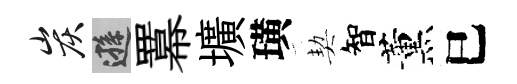
炭遜羃壙璜契智薰巳